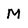
Character: M